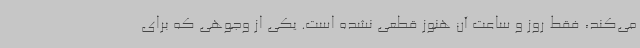
می‌کند، فقط روز و ساعت آن هنوز قطعی نشده است. یکی از وجوهی که برای